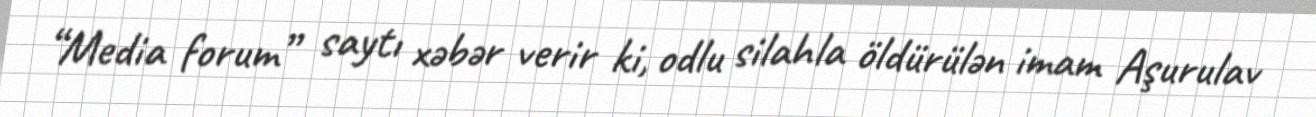
“Media forum” saytı xəbər verir ki, odlu silahla öldürülən imam Aşurulav